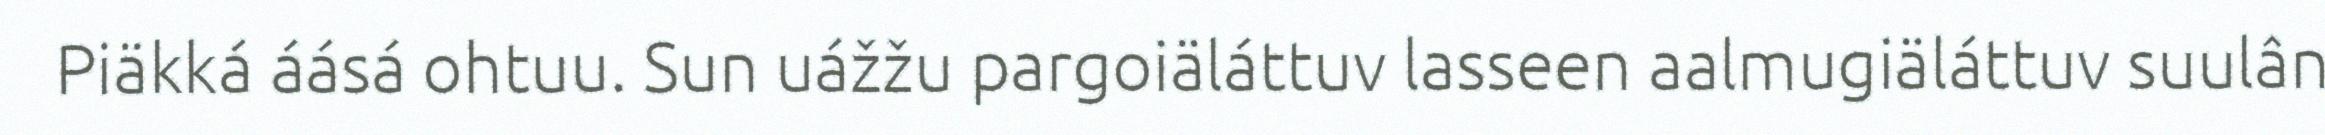
Piäkká áásá ohtuu. Sun uážžu pargoiäláttuv lasseen aalmugiäláttuv suulân